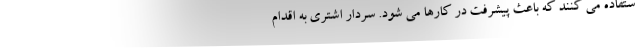
ستفاده می کنند که باعث پیشرفت در کارها می شود. سردار اشتری به اقدام